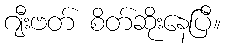
ဂျီးဗတ် စိတ်ဆိုးနေပြီ။